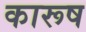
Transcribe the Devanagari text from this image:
कारूष